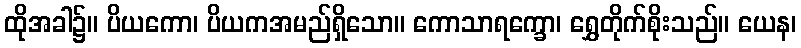
ထိုအခါ၌။ ပိယကော၊ ပိယကအမည်ရှိသော။ ကောသာရက္ခော၊ ရွှေတိုက်စိုးသည်။ ယေန၊